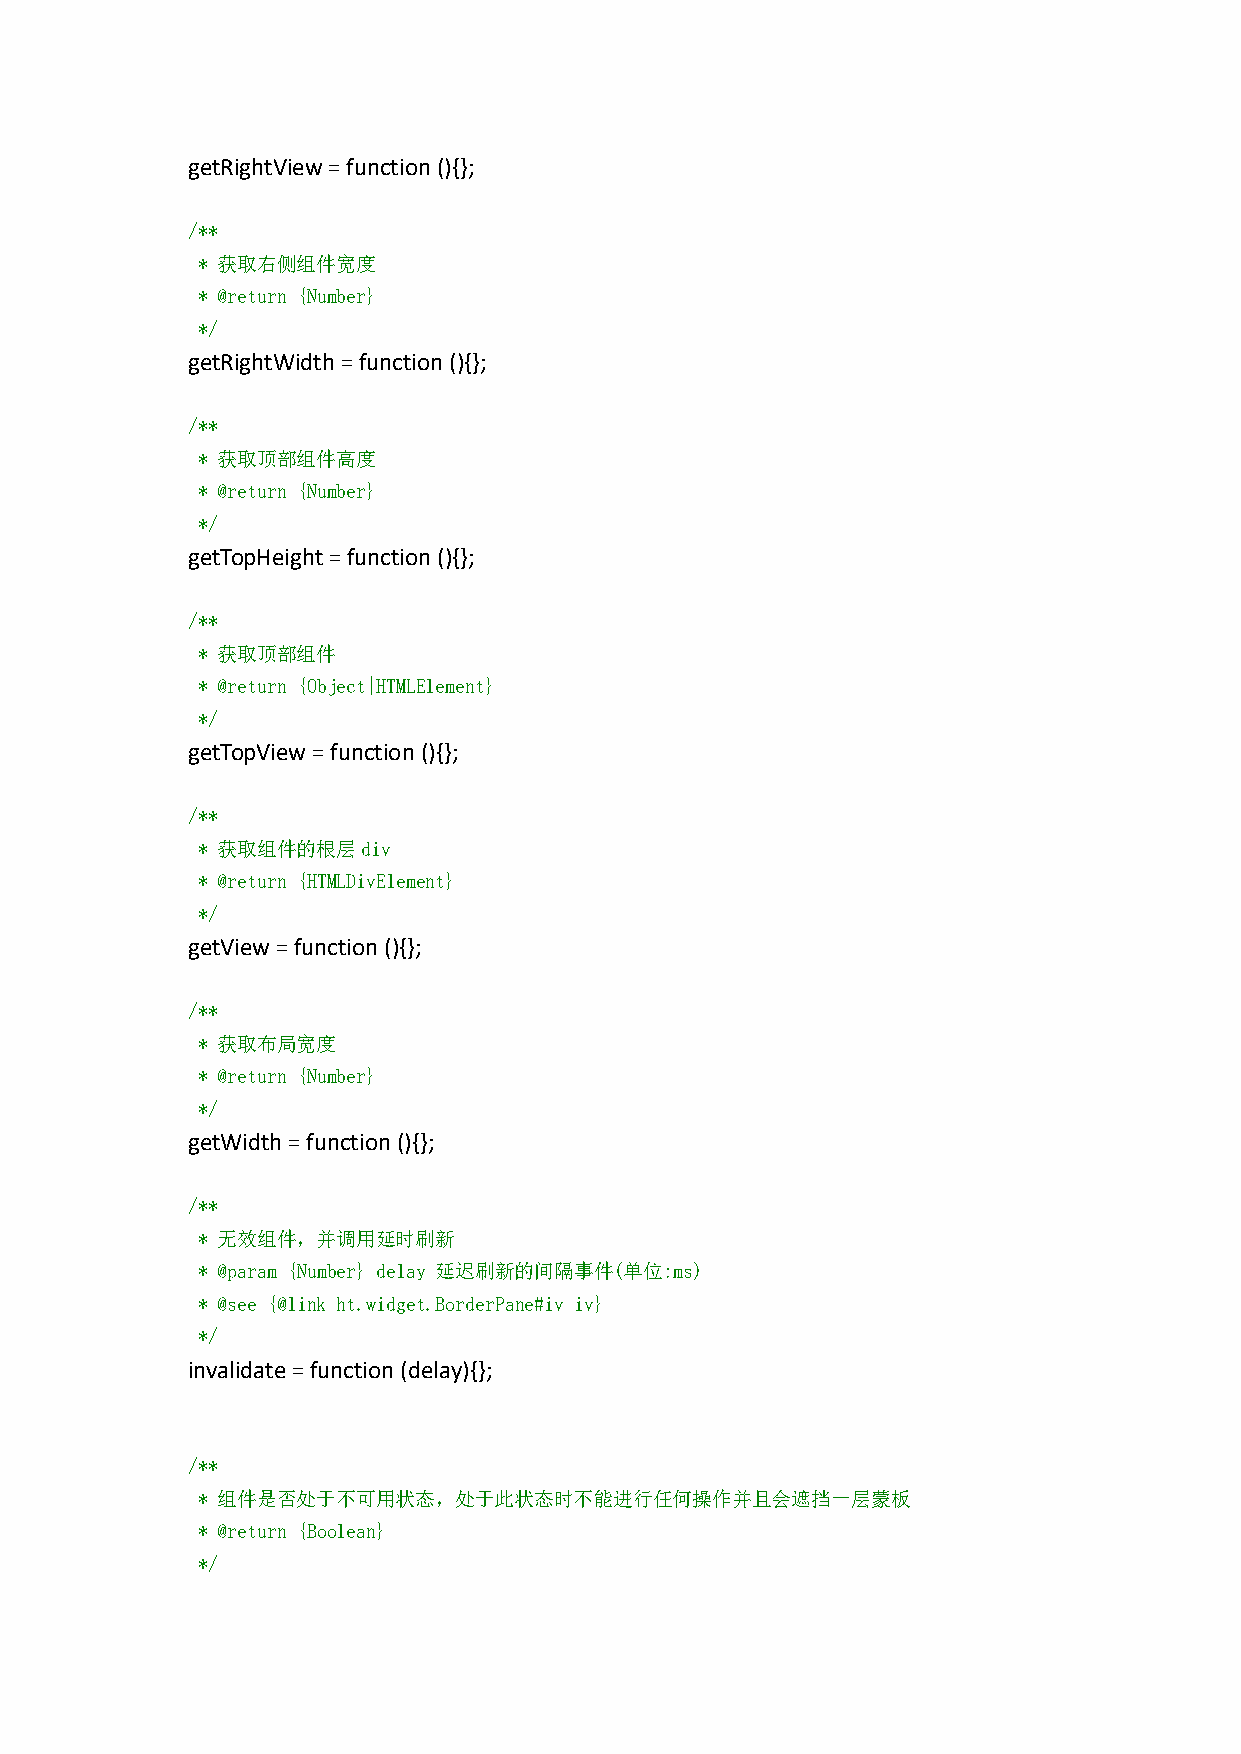
getRightView=function(){};
 /**
 * 获取右侧组件宽度
 * @return {Number}
 */
 getRightWidth=function(){};
 /**
 * 获取顶部组件高度
 * @return {Number}
 */
 getTopHeight=function(){};
 /**
 * 获取顶部组件
 * @return {Object|HTMLElement}
 */
 getTopView=function(){};
 /**
 * 获取组件的根层div
 * @return {HTMLDivElement}
 */
 getView=function(){};
 /**
 * 获取布局宽度
 * @return {Number}
 */
 getWidth=function(){};
 /**
 * 无效组件，并调用延时刷新
 * @param {Number} delay 延迟刷新的间隔事件(单位:ms)
 * @see {@link ht.widget.BorderPane#iv iv}
 */
 invalidate=function(delay){};
 /**
 * 组件是否处于不可用状态，处于此状态时不能进行任何操作并且会遮挡一层蒙板
 * @return {Boolean}
 */